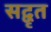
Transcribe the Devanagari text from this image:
सद्वृत